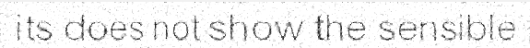
its does not show the sensible